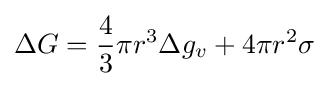
\Delta G={\frac {4}{3}}\pi r^{3}\Delta g_{v}+4\pi r^{2}\sigma